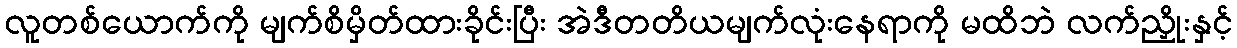
လူတစ်ယောက်ကို မျက်စိမှိတ်ထားခိုင်းပြီး အဲဒီတတိယမျက်လုံးနေရာကို မထိဘဲ လက်ညှိုးနှင့်